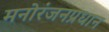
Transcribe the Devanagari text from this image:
मनोरंजनप्रधान